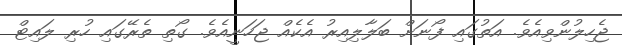
ޖެހިލުންވިއެވެ. އަތުގައި ފޯނަށް ބަލާލިއިރު އެކެއް ޖަހަނީއެވެ. ގޯތި ތެރޭގައި ހުރި ލައިޓް